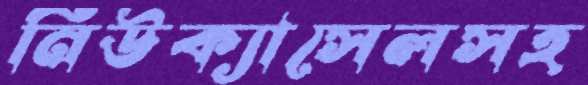
নিউক্যাসেলসহ